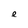
Character: e